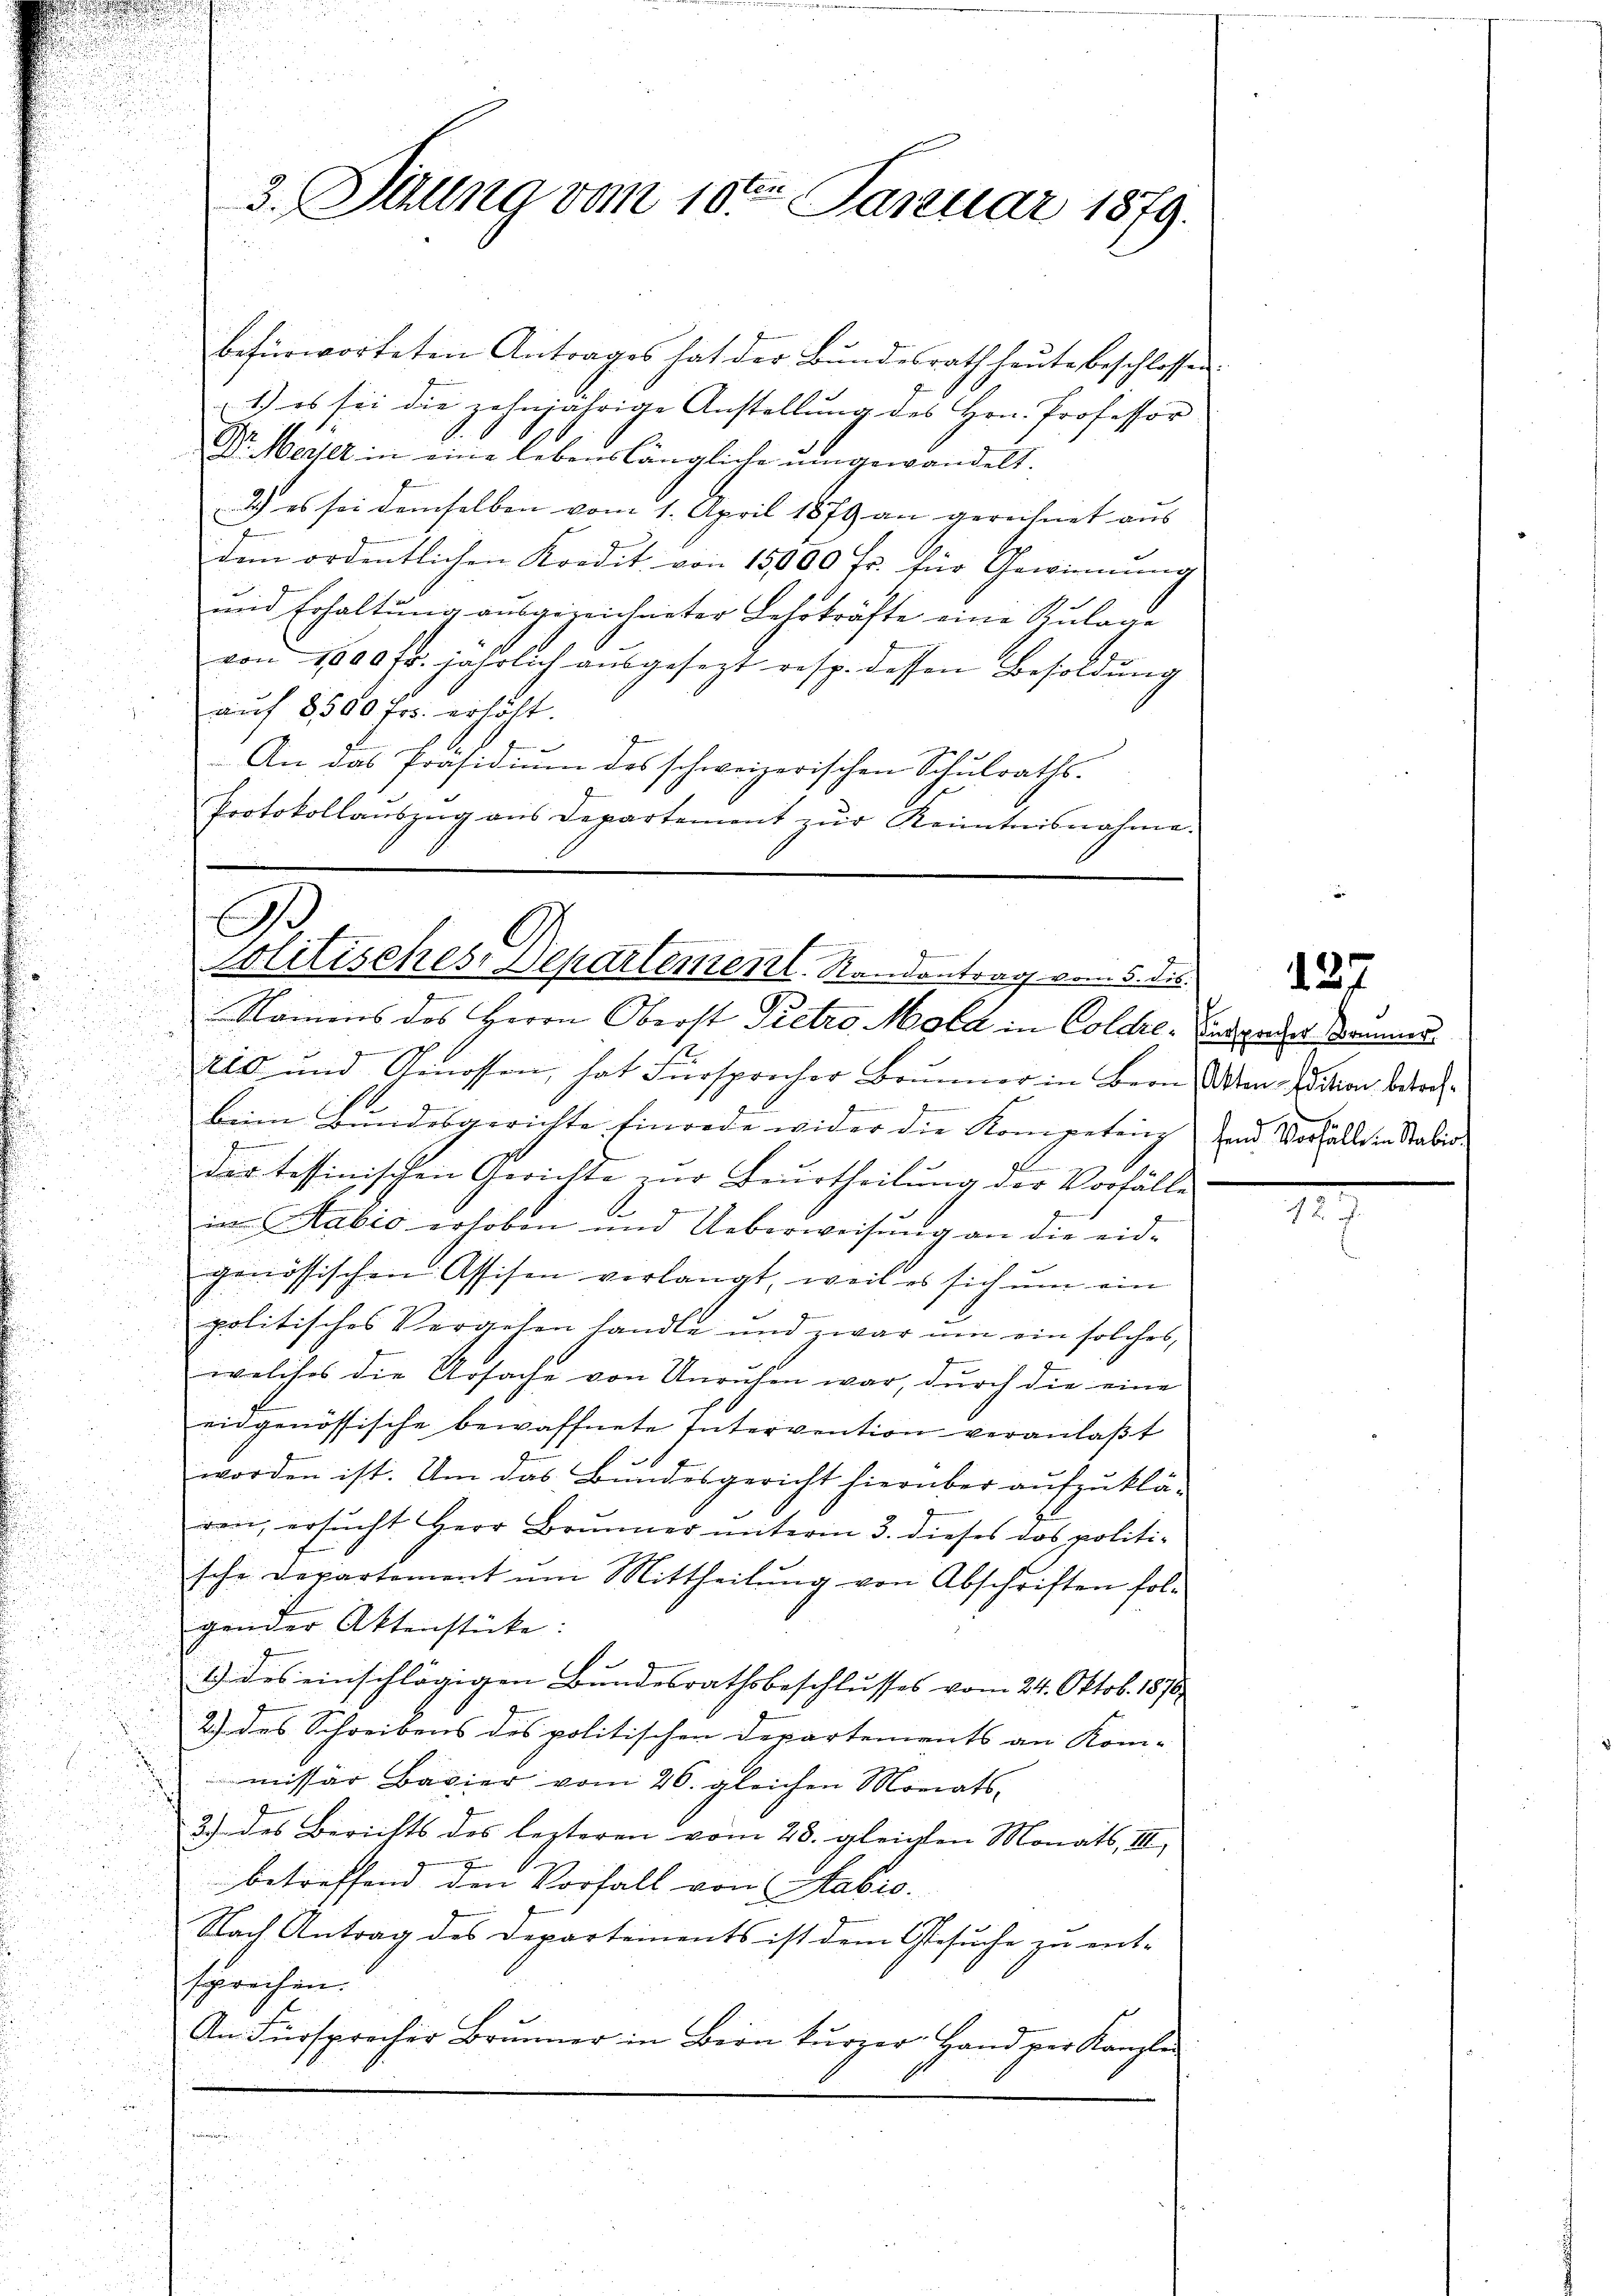
.

3. Situng vom 10ten Januar 1879.
i

befürworteten Antrages hat der Bŭndesrath heute beschlossen.
1.) es sei die zehnjährige Anstellŭng des Hrn. Professor
Dr. Weiter in eine lebenslängliche umgewandelt.
2.) es sei demselben vom 1. April 1879 an gerechnet aus
dem ordentlichen Kredit von 15000 Fr. für Gewinnung
und Erhaltung ausgezeichneter Lehrkräfte eine Zulage
von 1000 fr. jährlich ausgesezt resp. dessen Besoldung
auf 8500 fr. erhöht.
An das Präsidium des schweizerischen Schulraths-
Protokollauszug aus Departement zur Kenntnisnahme.

A
Politisches Departement. Randantrag vom 5. dis
Namens des Herrn Oberst Pietro Mola in Colle. Entweder kommene

u
e
tio und Genossen, hat Fürsprecher Brunner in Bern Men-Lition betod¬
.

.
beim Bundesgerichte hinrede wider die Kompetener und Vorfälle in Stabi-
15

s
3
l
 der tessinischen Gerichte zŭr Beurtheilung der Vorfälle

im Stabeo erhoben und Ueberweisung an die eid¬
5 Fr. 5
genössischen Assisen verlangt, weil es sich ŭm ein
politisches Vergehen handle und zwar ŭm ein solches,
welches die Ursache von Unruhen war, durch die eine
eidgenössische bewaffnete Intervention veranlaßt
7
worden ist. Um das Bundesgericht hierüber aufzuklä-
u
den, ersucht Herr Brunner unterm 3. dieses das politische Departement am Mittheilung von Abschriften folgender Aktenstücke:
s
1.) des einschlägigen Bundesrathsbeschlusses vom 24. Oktob. 1870
2) des Schreibens des politischen Departements an Kom-

missär Bavier vom 26. gleichen Moriats-

h
2.) des Berichts des lezteren vom 28. gleichten Monats, III,
u
betreffend den Vorfall von Habio
Nach Antrag des Departements ist dem Gesuche zu ent-
sprechen.
An Fürsprecher Brunner in Bern kurzer Hand vor Kanzle
1

137